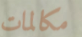
مكالمات